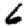
Digit: 6